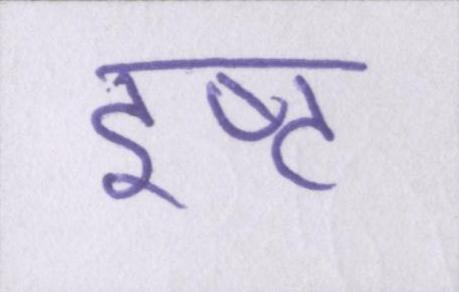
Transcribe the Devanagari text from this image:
इष्ट